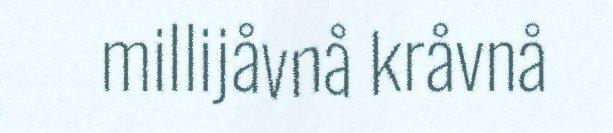
millijåvnå kråvnå